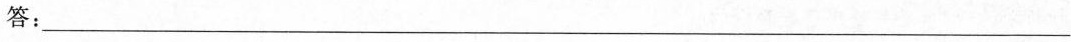
答:___